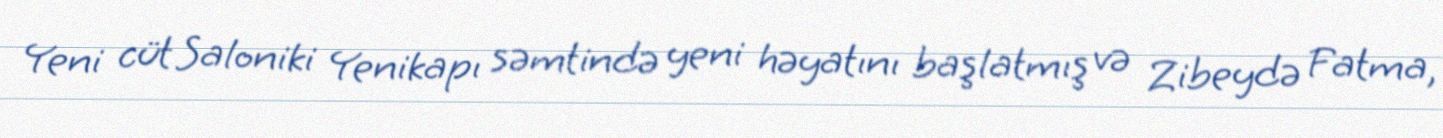
Yeni cüt Saloniki Yenikapı səmtində yeni həyatını başlatmış və Zibeydə Fatma,